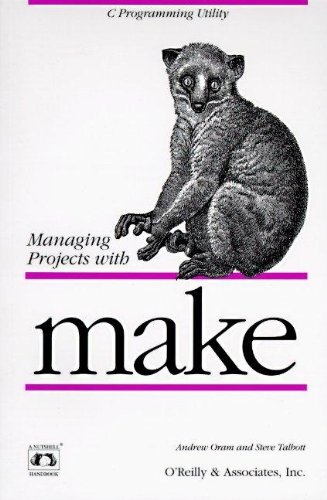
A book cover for Managing Projects with make (Nutshell Handbooks); Andrew Oram; Computers & Technology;